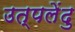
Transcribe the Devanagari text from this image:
उत्पलेंदु